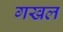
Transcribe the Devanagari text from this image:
गखल